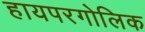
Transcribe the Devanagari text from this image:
हायपरगोलिक